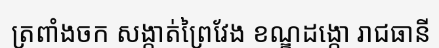
ត្រពាំងចក សង្កាត់ព្រៃវែង ខណ្ឌដង្កោ រាជធានី